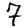
Digit: 7